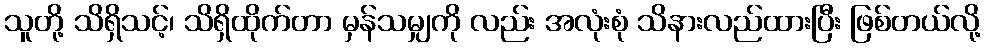
သူတို့ သိရှိသင့်၊ သိရှိထိုက်တာ မှန်သမျှကို လည်း အလုံးစုံ သိနားလည်ထားပြီး ဖြစ်တယ်လို့